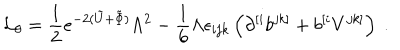
{ \cal { L } } _ { \theta } = { \frac { 1 } { 2 } } e ^ { - 2 ( \tilde { U } + \tilde { \Phi } ) } \Lambda ^ { 2 } - { \frac { 1 } { 6 } } \Lambda \epsilon _ { i j k } \left( \partial ^ { [ i } b ^ { j k ] } + b ^ { [ i } V ^ { j k ] } \right) \ .